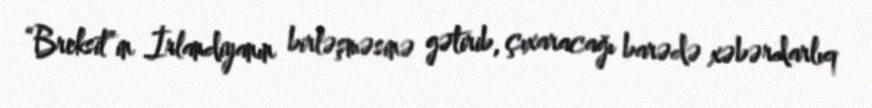
“Breksit”in İrlandiyanın birləşməsinə gətirib, çıxaracağı barədə xəbərdarlıq